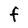
Character: f